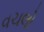
વચલો